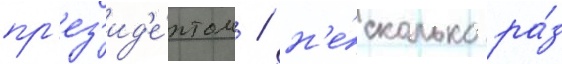
пр'ез'ид'е́нтом / н'е́сколько ра́з